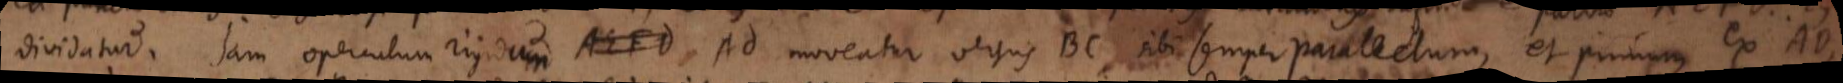
dividatur. Jam operculum rigidum AEFD AD moveatur versus BC, sibi semper parallelum, et primum ex AD,